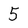
Character: 5